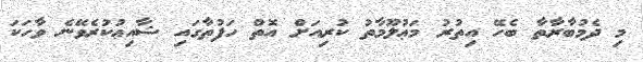
މި ދެމުބާރާތާ ބެހޭ އިތުރު މަޢުލޫމާތު ކުރިއަށް އޮތް ހަފުތާގައި ޝާއިޢުކުރެވޭނެ ވާހަކަ